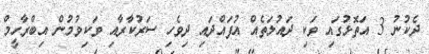
ދެކުނު 3 އަތޮޅުގައި ވަކި ދައުލަތެއް އުފައްދައި ދިވެހި ސަރުކާރާއި ވަކިވުމުން އިބްރާހީމް